Leaving Certificate Examination, 1921
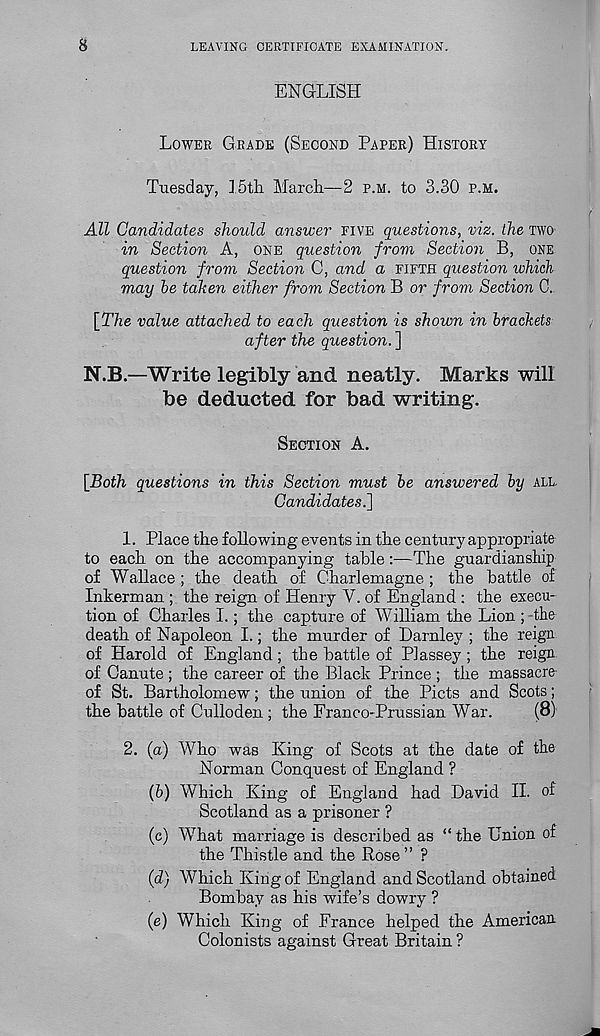
8
LEAVING CERTIFICATE EXAMINATION.
ENGLISH
LOWER GRADE (SECOND PAPER) HISTORY
Tuesday, I5th March—2 P.M. to 3.30 P.M.
All Candidates should answer FIVE questions, viz. the TWO
in Section A, ONE question from Section B, ONE
question from Section C, and a FIFTH question which
may he taken either from Section B or from Section C.
[The value attached to each question is shown in brackets
after the question. ]
N.B.—Write legibly and neatly. Marks will
be deducted for bad writing.
SECTION A.
[Both questions in this Section must he answered hy ALL
Candidates.]
1. Place the following events in the century appropriate
to each on the accompanying table:—The guardianship
of Wallace ; the death of Charlemagne ; the battle of
Inkerman ; the reign of Henry V. of England : the execu-
tion of Charles I.; the capture of William the Lion ; the
death of Napoleon I.; the murder of Harnley ; the reign
of Harold of England; the battle of Plassey ; the reign
of Canute ; the career of the Black Prince ; the massacre
of St. Bartholomew; the union of the Piets and Scots;
the battle of Culloden ; the Fran co-Prussian War.
(8)
2. (a) Who was King of Scots at the date of the
Norman Conquest of England ?
(h) Which King of England had David II. of
Scotland as a prisoner ?
(c) What marriage is described as “ the Union of
the Thistle and the Rose ” ?
(d) Which King of England and Scotland obtained
Bombay as his wife’s dowry ?
(e) Which King of France helped the American
Colonists against Great Britain ?